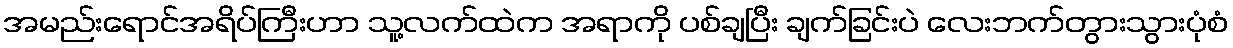
အမည်းရောင်အရိပ်ကြီးဟာ သူ့လက်ထဲက အရာကို ပစ်ချပြီး ချက်ခြင်းပဲ လေးဘက်တွားသွားပုံစံ